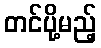
တင်ပို့မည့်